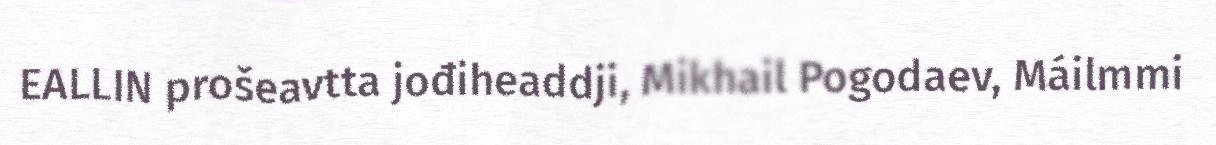
EALLIN prošeavtta jođiheaddji, Mikhail Pogodaev, Máilmmi